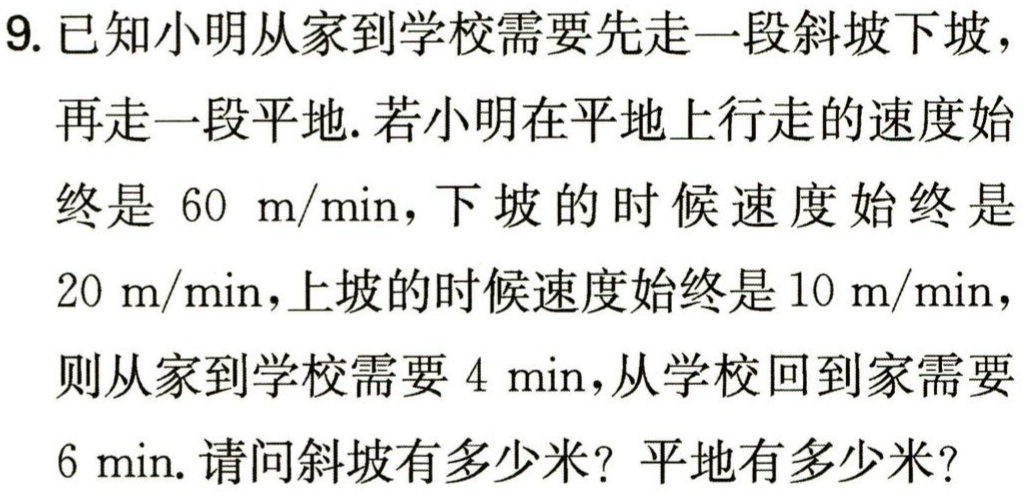
9. 已知小明从家到学校需要先走一段斜坡下坡，

再走一段平地. 若小明在平地上行走的速度始

终是 \(60\ m/\min\)，下坡的时候速度始终是

\(20\ m/\min\)，上坡的时候速度始终是 \(10\ m/\min\)，

则从家到学校需要 \(4\ min\)，从学校回到家需要

\(6\ min\). 请问斜坡有多少米？平地有多少米？